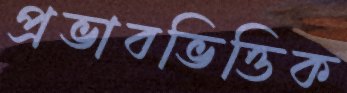
প্রভাবভিত্তিক